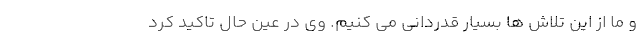
و ما از این تلاش ها بسیار قدردانی می کنیم. وی در عین حال تاکید کرد